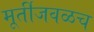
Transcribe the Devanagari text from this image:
मूर्तीजवळच